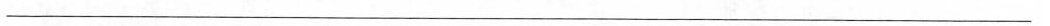
___